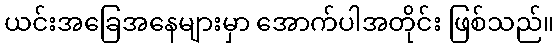
ယင်းအခြေအနေများမှာ အောက်ပါအတိုင်း ဖြစ်သည်။